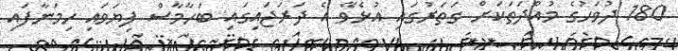
180 ދުވަހުގެ މުއްދަތަކަށް ގަތަރުގައި އުޅެވޭ އެ ދަރަޖައިގައި ބަހާމާސް ފިޔަވައި ހިމަނާފައި